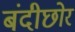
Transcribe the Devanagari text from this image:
बंदीछोर